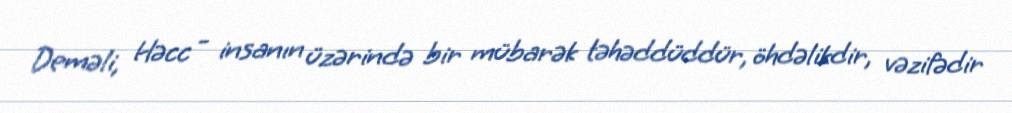
Deməli, Həcc - insanın üzərində bir mübarək təhəddüddür, öhdəlikdir, vəzifədir